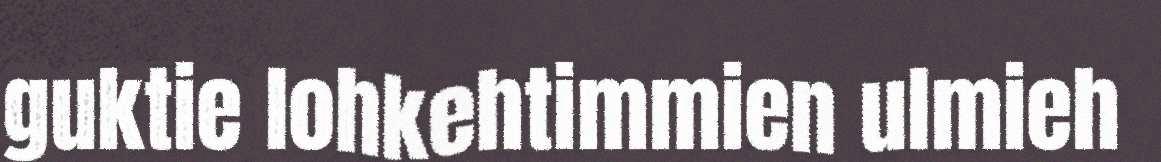
guktie lohkehtimmien ulmieh